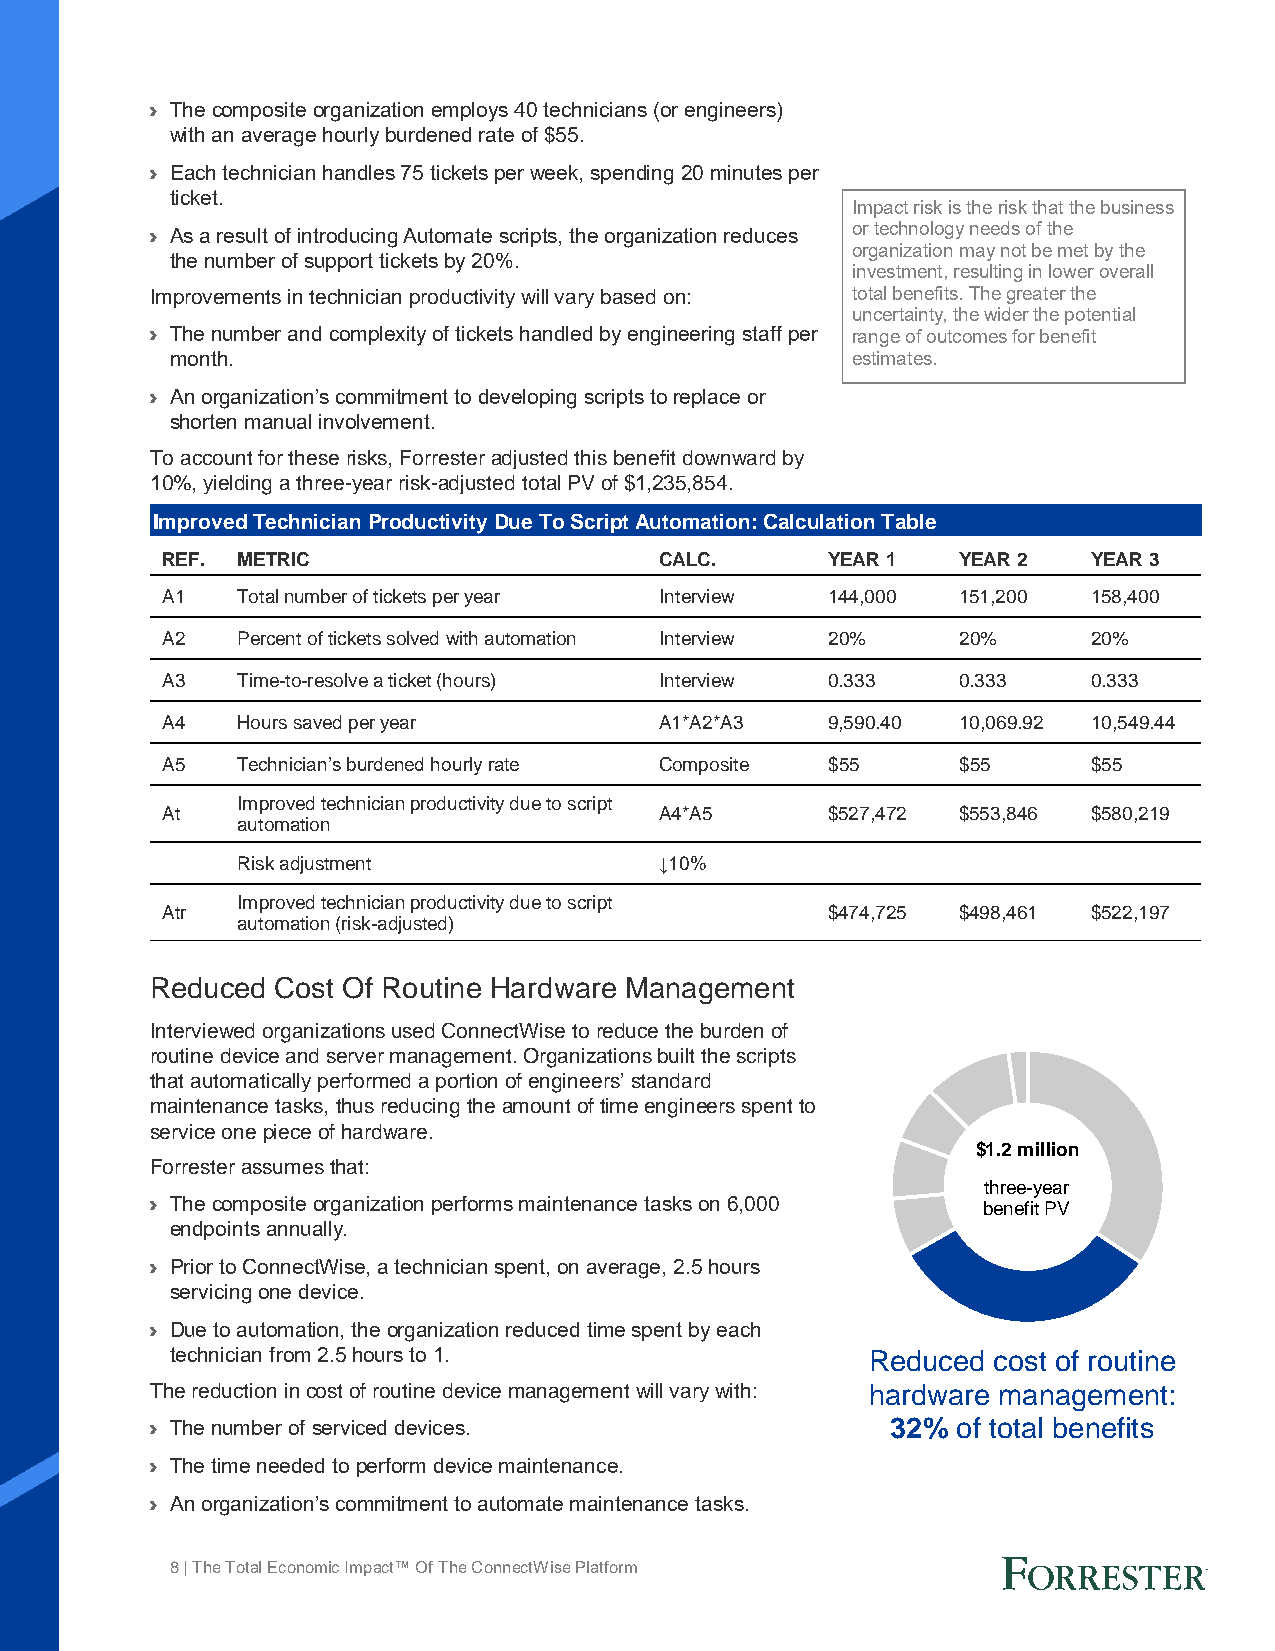
› The composite organization employs 40 technicians (or engineers)
 with an average hourly burdened rate of $55.
 › Each technician handles 75 tickets per week, spending 20 minutes per
 ticket.
 Impact risk is the risk that the business
 › As a result of introducing Automate scripts, the organization reduces or technology needs of the
 organization may not be met by the
 the number of support tickets by 20%.
 investment, resulting in lower overall
 Improvements in technician productivity will vary based on: total benefits. The greater the
 uncertainty, the wider the potential
 › The number and complexity of tickets handled by engineering staff per range of outcomes for benefit
 month.                                       estimates.
 › An organization’s commitment to developing scripts to replace or
 shorten manual involvement.
 To account for these risks, Forrester adjusted this benefit downward by
 10%, yielding a three-year risk-adjusted total PV of $1,235,854.
 Improved Technician Productivity Due To Script Automation: Calculation Table
 REF. METRIC                      CALC.      YEAR 1   YEAR 2  YEAR 3
 A1   Total number of tickets per year Interview 144,000 151,200 158,400
 A2   Percent of tickets solved with automation Interview 20% 20% 20%
 A3   Time-to-resolve a ticket (hours) Interview 0.333 0.333  0.333
 A4   Hours saved per year        A1*A2*A3   9,590.40 10,069.92 10,549.44
 A5   Technician’s burdened hourly rate Composite $55 $55     $55
 Improved technician productivity due to script
 At                               A4*A5      $527,472 $553,846 $580,219
 automation
 Risk adjustment             ↓10%
 Improved technician productivity due to script
 Atr                                         $474,725 $498,461 $522,197
 automation (risk-adjusted)
 Reduced Cost Of Routine Hardware Management
 Interviewed organizations used ConnectWise to reduce the burden of
 routine device and server management. Organizations built the scripts
 that automatically performed a portion of engineers’ standard
 maintenance tasks, thus reducing the amount of time engineers spent to
 service one piece of hardware.
 $1.2 million
 Forrester assumes that:
 three-year
 › The composite organization performs maintenance tasks on 6,000 benefit PV
 endpoints annually.
 › Prior to ConnectWise, a technician spent, on average, 2.5 hours
 servicing one device.
 › Due to automation, the organization reduced time spent by each
 technician from 2.5 hours to 1.                Reduced cost of routine
 The reduction in cost of routine device management will vary with: hardware management:
 › The number of serviced devices.                32% of total benefits
 › The time needed to perform device maintenance.
 › An organization’s commitment to automate maintenance tasks.
 8 | The Total Economic Impact™ Of The ConnectWise Platform